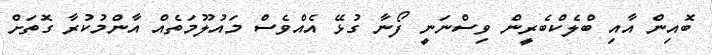
ބޮއިން އާއި ބްލެކްބެރީން ވިސްނަނީ ފޯނާ ގުޅޭ އެއްވެސް މައުލޫމަތެއް އާންމުކުރާ ގޮތަށް